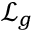
\mathcal { L } _ { g }